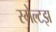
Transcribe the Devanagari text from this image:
स्मेल्टझ